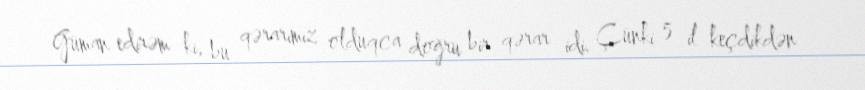
Güman edirəm ki, bu qərarımız olduqca doğru bir qərar idi. Çünki 5 il keçdikdən